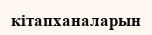
кітапханаларын